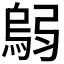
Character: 𫸼